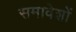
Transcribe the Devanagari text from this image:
समावेशों